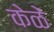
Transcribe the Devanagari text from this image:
केळें